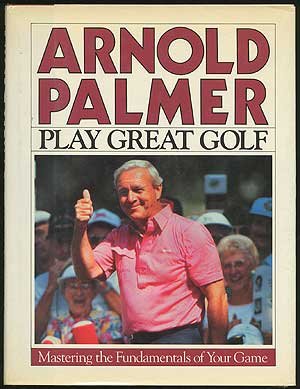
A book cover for Play Great Golf; Arnold Palmer; Sports & Outdoors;